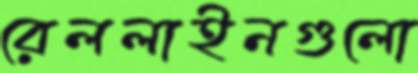
রেললাইনগুলো